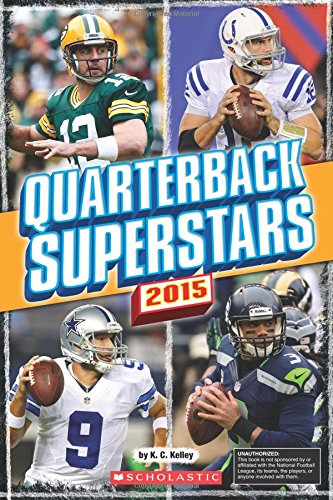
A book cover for Quarterback Superstars 2015; K.C. Kelley; Children's Books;